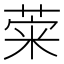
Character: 𦴕